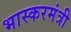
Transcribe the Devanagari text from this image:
भास्करमंत्री